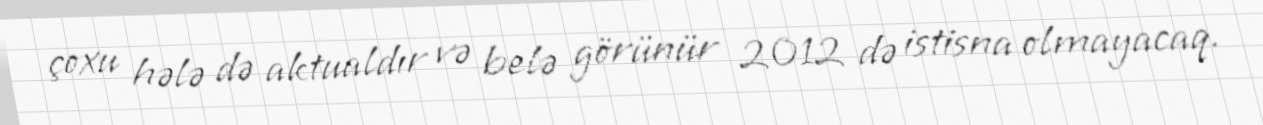
çoxu hələ də aktualdır və belə görünür 2012 də istisna olmayacaq.